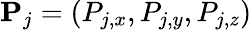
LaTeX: \mathbf P_{j}=(P_{j,x},P_{j,y},P_{j,z})